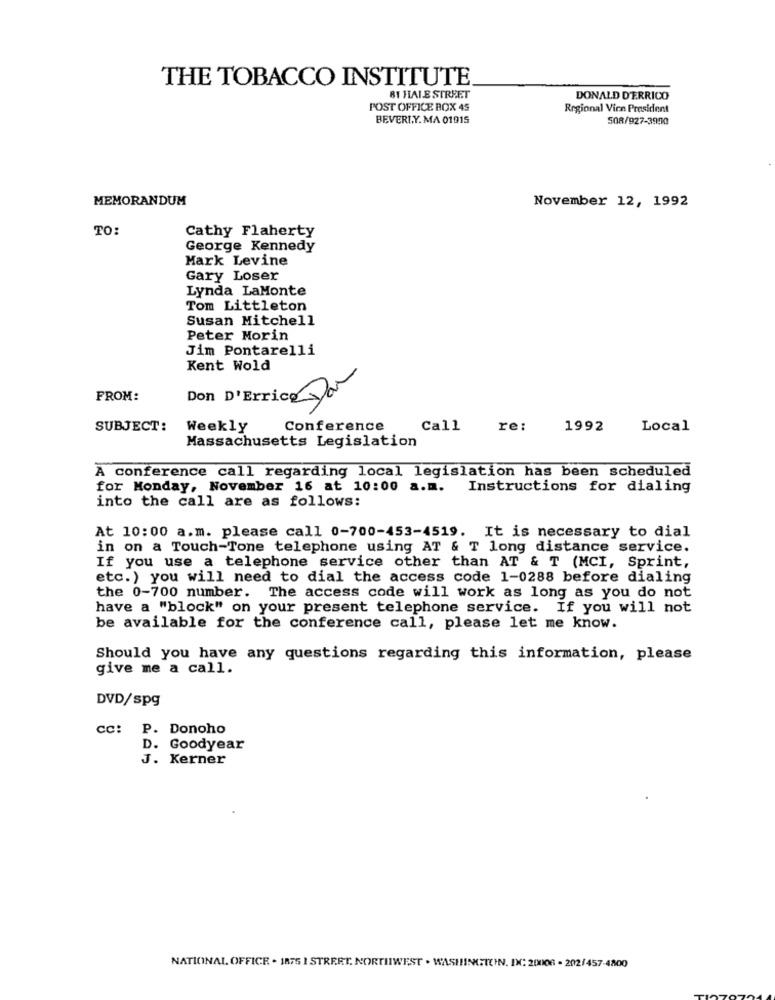
THE TOBACCO INSTITUTE
BI HALE STREET
DONALD D'ERRICO
POST OFFICE BOX 45
Regional Vinn President
BEVERLY. MA 01915
508/927-3990
MEMORANDUM
November 12, 1992
TO:
Cathy Flaherty
George Kennedy
Mark Levine
Gary Loser
Lynda LaMonte
Tom Littleton
Susan Mitchell
Peter Morin
Jim Pontarelli
Kent Wold
Dar
FROM:
Don D'Errico
SUBJECT:
Weekly
Conference
Call
re:
1992
Local
Massachusetts Legislation
A conference call regarding local legislation has been scheduled
for Monday, November 16 at 10:00 a.m.
Instructions for dialing
into the call are as follows:
At 10:00 a.m. please call 0-700-453-4519. It is necessary to dial
in on a Touch-Tone telephone using AT & T long distance service.
If you use a telephone service other than AT & T (MCI, Sprint,
etc.) you will need to dial the access code 1-0288 before dialing
the 0-700 number. The access code will work as long as you do not
have a "block" on your present telephone service. If you will not
be available for the conference call, please let me know.
Should you have any questions regarding this information, please
give me a call.
DVD/spg
CC:
P. Donoho
D. Goodyear
J. Kerner
NATIONAL OFFICE . 1875 I STREET. NORTHWEST . WASHINGTON, DC: 20008 - 202/457-4800